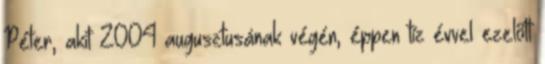
Péter, akit 2004 augusztusának végén, éppen tíz évvel ezelőtt